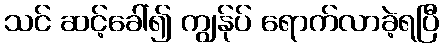
သင် ဆင့်ခေါ်၍ ကျွန်ုပ် ရောက်လာခဲ့ရပြီ